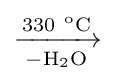
\mathrm {{\xrightarrow[{-H_{2}O}]{330\ ^{o}C}}\ }